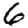
Digit: 6